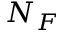
N _ { F }